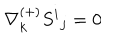
\nabla _ { k } ^ { ( + ) } S ^ { i } { } _ { j } = 0